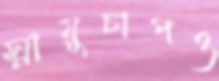
স্নায়ুচাপও